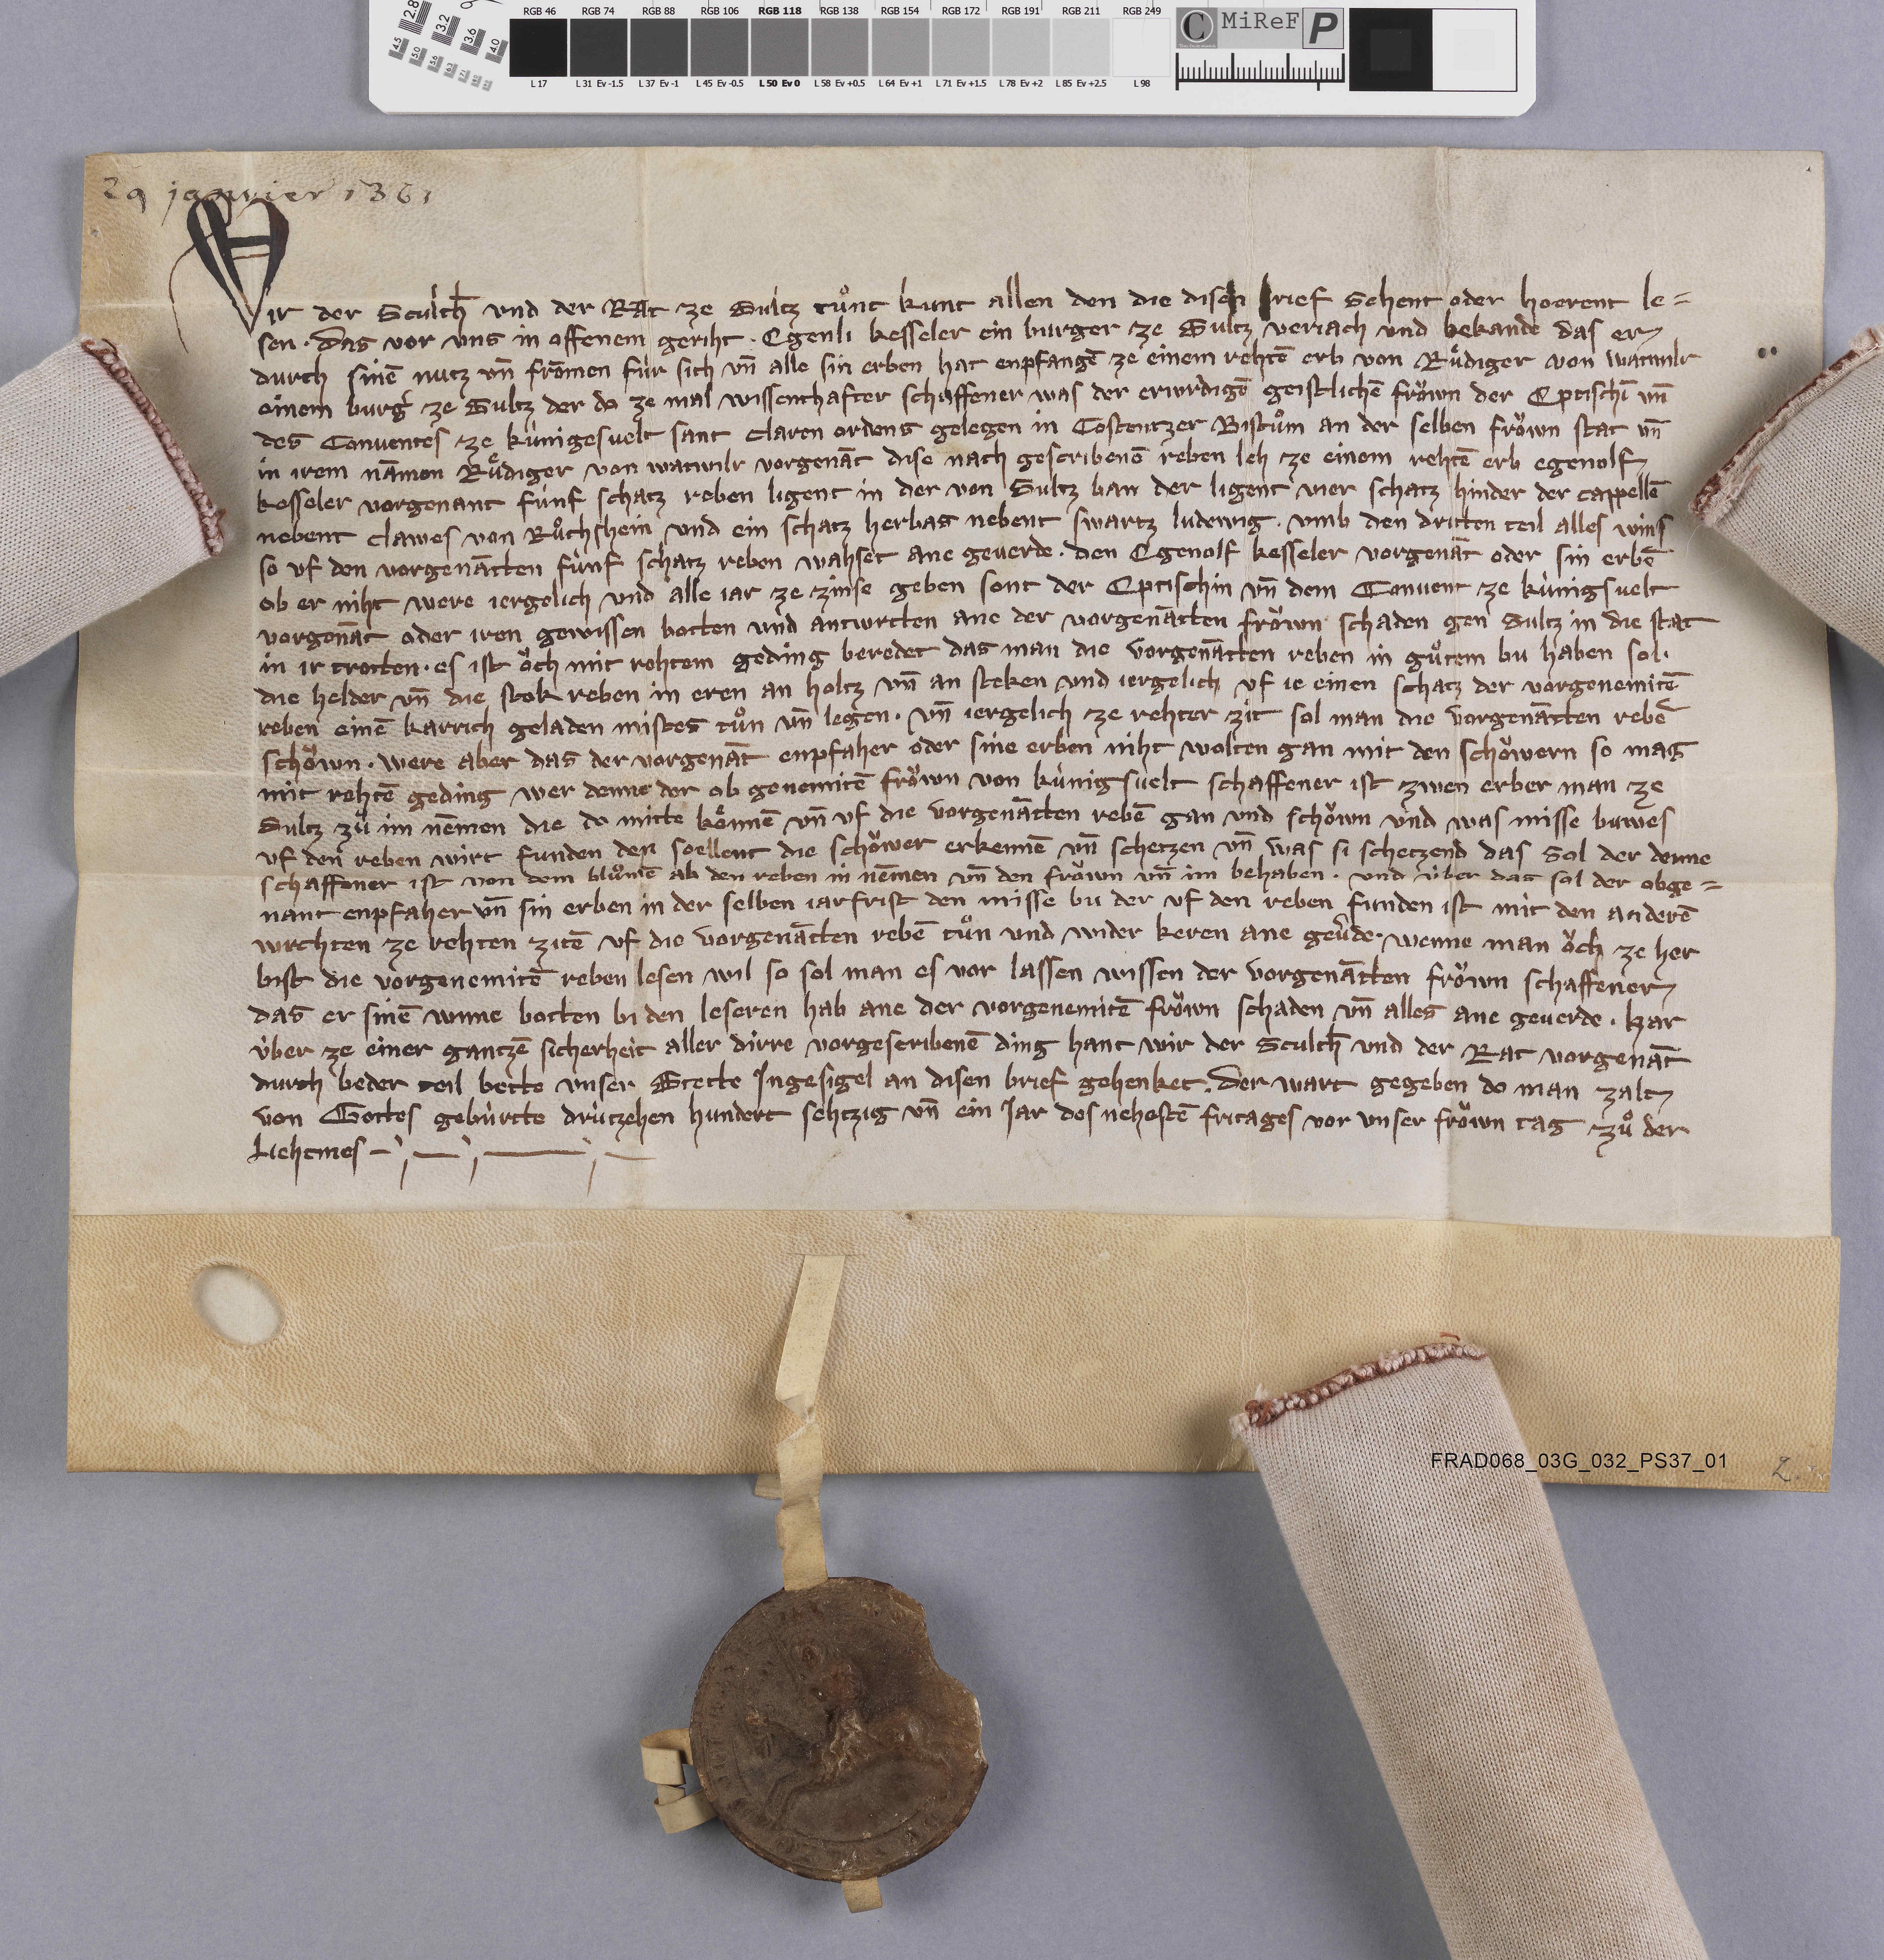
29 janvier 1361

Wir der sculth̄ und der rat ze Sultz tuͦnt kunt allen den die disen brief sehent oder hoerent le¬
sen ✳ das vor uns in offenem geriht ✳ Egenli Kesseler ein burger ze Sultz verjach und bekande das er
durch sinē nutz un̄ frōmen fùr sich un̄ alle sin erben hat enpfangē ze einem rehtē erb von Ruͤdiger von Watwilr
einem burgˀ ze Sultz der do ze mal wissenthafter schaffener was der erwrdigē geistlichē froͧwn der eptischī un̄
des conventes ze Kùnigesvelt Sant Claren ordens gelegen in Costentzer bistuͦm an der selben froͧwn stat un̄
in irem nāmen Ruͤdiger von Watwilr vorgenāt dise nach gescribenē reben leh ze einem rehtē erb Egenolf
Kesseler vorgenant fùnf schatz reben ligent in der von Sultz ban der ligent vier schatz hinder der cappellē
nebent Clawes von Ruͦchshein und ein schatz herbas nebent Swartz Ludewig ✳ umb den dritten teil alles wins
so uf den vorgenātten fùnf schatz reben wahset ane geverde ✳ den Egenolf Kesseler vorgenāt oder sin erbē
ob er niht were jergelich und alle jar ze zinse geben sont der eptischin un̄ dem convent ze Kùnigsvelt
vorgenāt oder iren gewissen botten und antwrtten ane der vorgenātten froͧwn schaden gen Sultz in die stat
in ir trotten ✳ es ist oͧch mit rehtem geding beredet das man die vorgenātten reben in guͦtem bu haben sol ✳
die helder un̄ die stok reben in eren an holtz un̄ an steken und jergelich uf je einen schatz der vorgenemitē
reben einē karrich geladen mistes tuͦn un̄ legen ✳ un̄ jergelich ze rehter zit sol man die vorgenātten rebē
schoͧwn ✳ were aber das der vorgenāt enpfaher oder sine erben niht wolten gan mit den schoͧwern so mag
mit rehtē geding wer denne dor ob genemitē froͧwn von Kùnigsvelt schaffener ist zwen erber man ze
Sultz zuͦ im nēmen die do mitte koͤnnē un̄ uf die vergenātten rebē gan und schoͧwn und was misse buwes
uf den reben wirt funden den soellent die schoͧwer erkennē un̄ schetzen un̄  was si schetzend das sol der denne
schaffener ist von dem bluͦmē ab den reben in nēmen un̄ den froͧwn un̄ im behaben ✳ und ùber das sol der obge¬
nant enpfaher un̄ sin erben in der selben jarfrist den misse bu der uf den reben funden ist mit den anderē
wrchten ze rehten zitē uf die vorgenātten rebē tuͦn und wider keren ane gevˀde. ✳ wenne man oͧch ze her-
bist die vorgenemitē reben lesen wil so sol man es vor lassen wissen der vorgenātten froͧwn schaffener
das er sinē wnne botten bi den leseren hab ane der vorgenemitē froͧwn schaden un̄ alles ane geverde. ✳ har-
ùber ze einer gantzē sicherheit aller dirre vorgescribenē ding hant wir der sculth̄ und der rat vorgenāt
durch beder teil bette unser stette ingesigel an disen brief gehenket ✳ der wart gegeben do man zalt
von gottes gebùrtte drùtzehen hundert sehtzig un̄ ein jar des nehestē fritages vor unser froͧwn tag zuͦ der
liehtmes. ✳